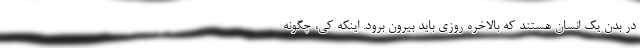
در بدن یک انسان هستند که بالاخره روزی باید بیرون برود. اینکه کی، چگونه